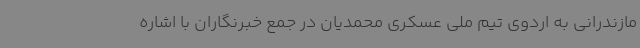
مازندرانی به اردوی تیم ملی عسکری محمدیان در جمع خبرنگاران با اشاره